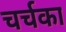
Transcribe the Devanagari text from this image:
चर्चका